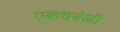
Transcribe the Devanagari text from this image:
एकचवेळी